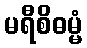
မရီစိဓမ္မံ